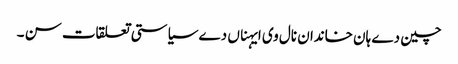
چین دے ہان خاندان نال وی ایہناں دے سیاستی تعلقات سن ۔